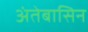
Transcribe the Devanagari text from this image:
अंतेबासिन